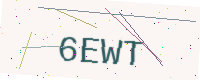
Text: 6EWT